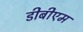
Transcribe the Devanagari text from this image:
डीबीएम